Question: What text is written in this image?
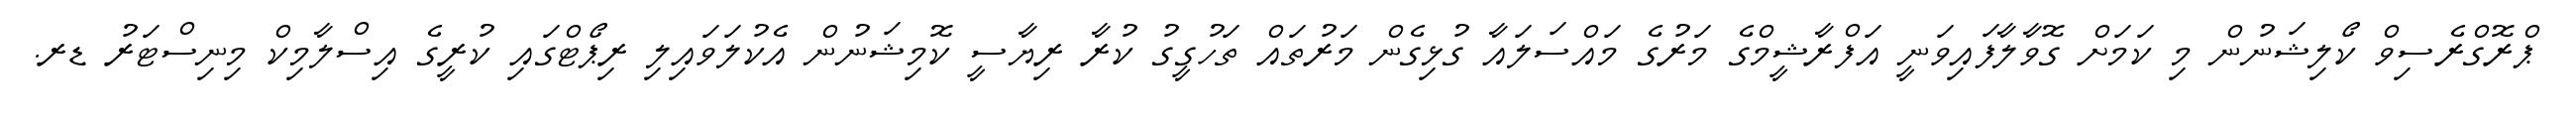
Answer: ޕްރޮގްރެސިވް ކޯލިޝަނުން މި ކަމަށް ގޮވާލާފައިވަނީ އަފްރާޝީމްގެ މަރުގެ މައްސަލައާ ގުޅިގެން މަރުތައް ތަހުގީގު ކުރާ ރިޔާސީ ކޮމިޝަނުން އެކުލަވައިލި ރިޕޯޓްގައި ކުރީގެ އިސްލާމިކް މިނިސްޓަރު ޑރ.